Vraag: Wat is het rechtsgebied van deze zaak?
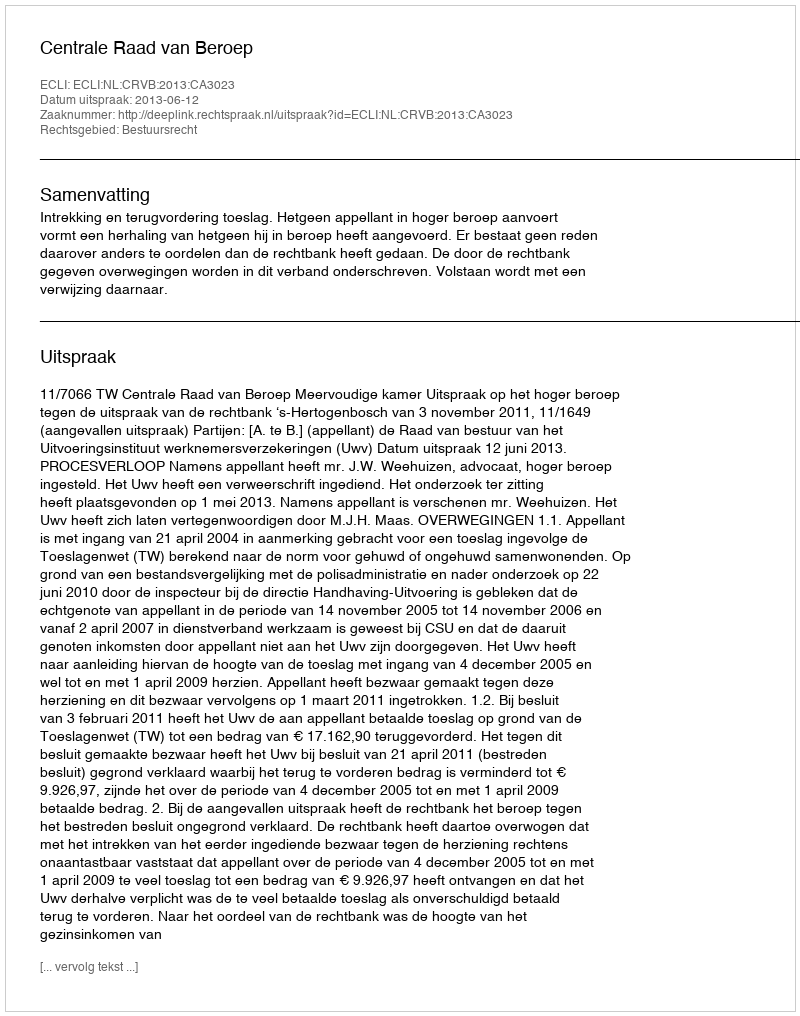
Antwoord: Bestuursrecht